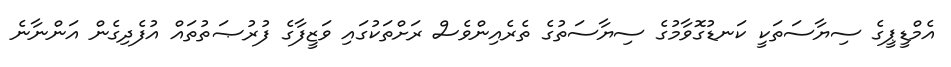
އެމްޑީޕީގެ ސިޔާސަތަކީ ކަނޑުގޮވާމުގެ ސިޔާސަތުގެ ތެރެއިންވެސް ރަށްތަކުގައި ވަޒީފާގެ ފުރުޞަތުތައް އުފެދިގެން އަންނާނެ